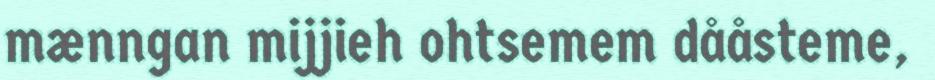
mænngan mijjieh ohtsemem dååsteme,